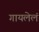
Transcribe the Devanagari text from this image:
गायलेलं